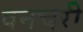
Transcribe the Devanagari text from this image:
वनचरी